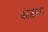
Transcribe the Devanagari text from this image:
कोष्ठमय